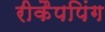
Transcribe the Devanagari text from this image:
रीकैपपिंग